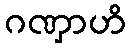
ဂဏှာဟိ